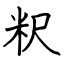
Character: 粎